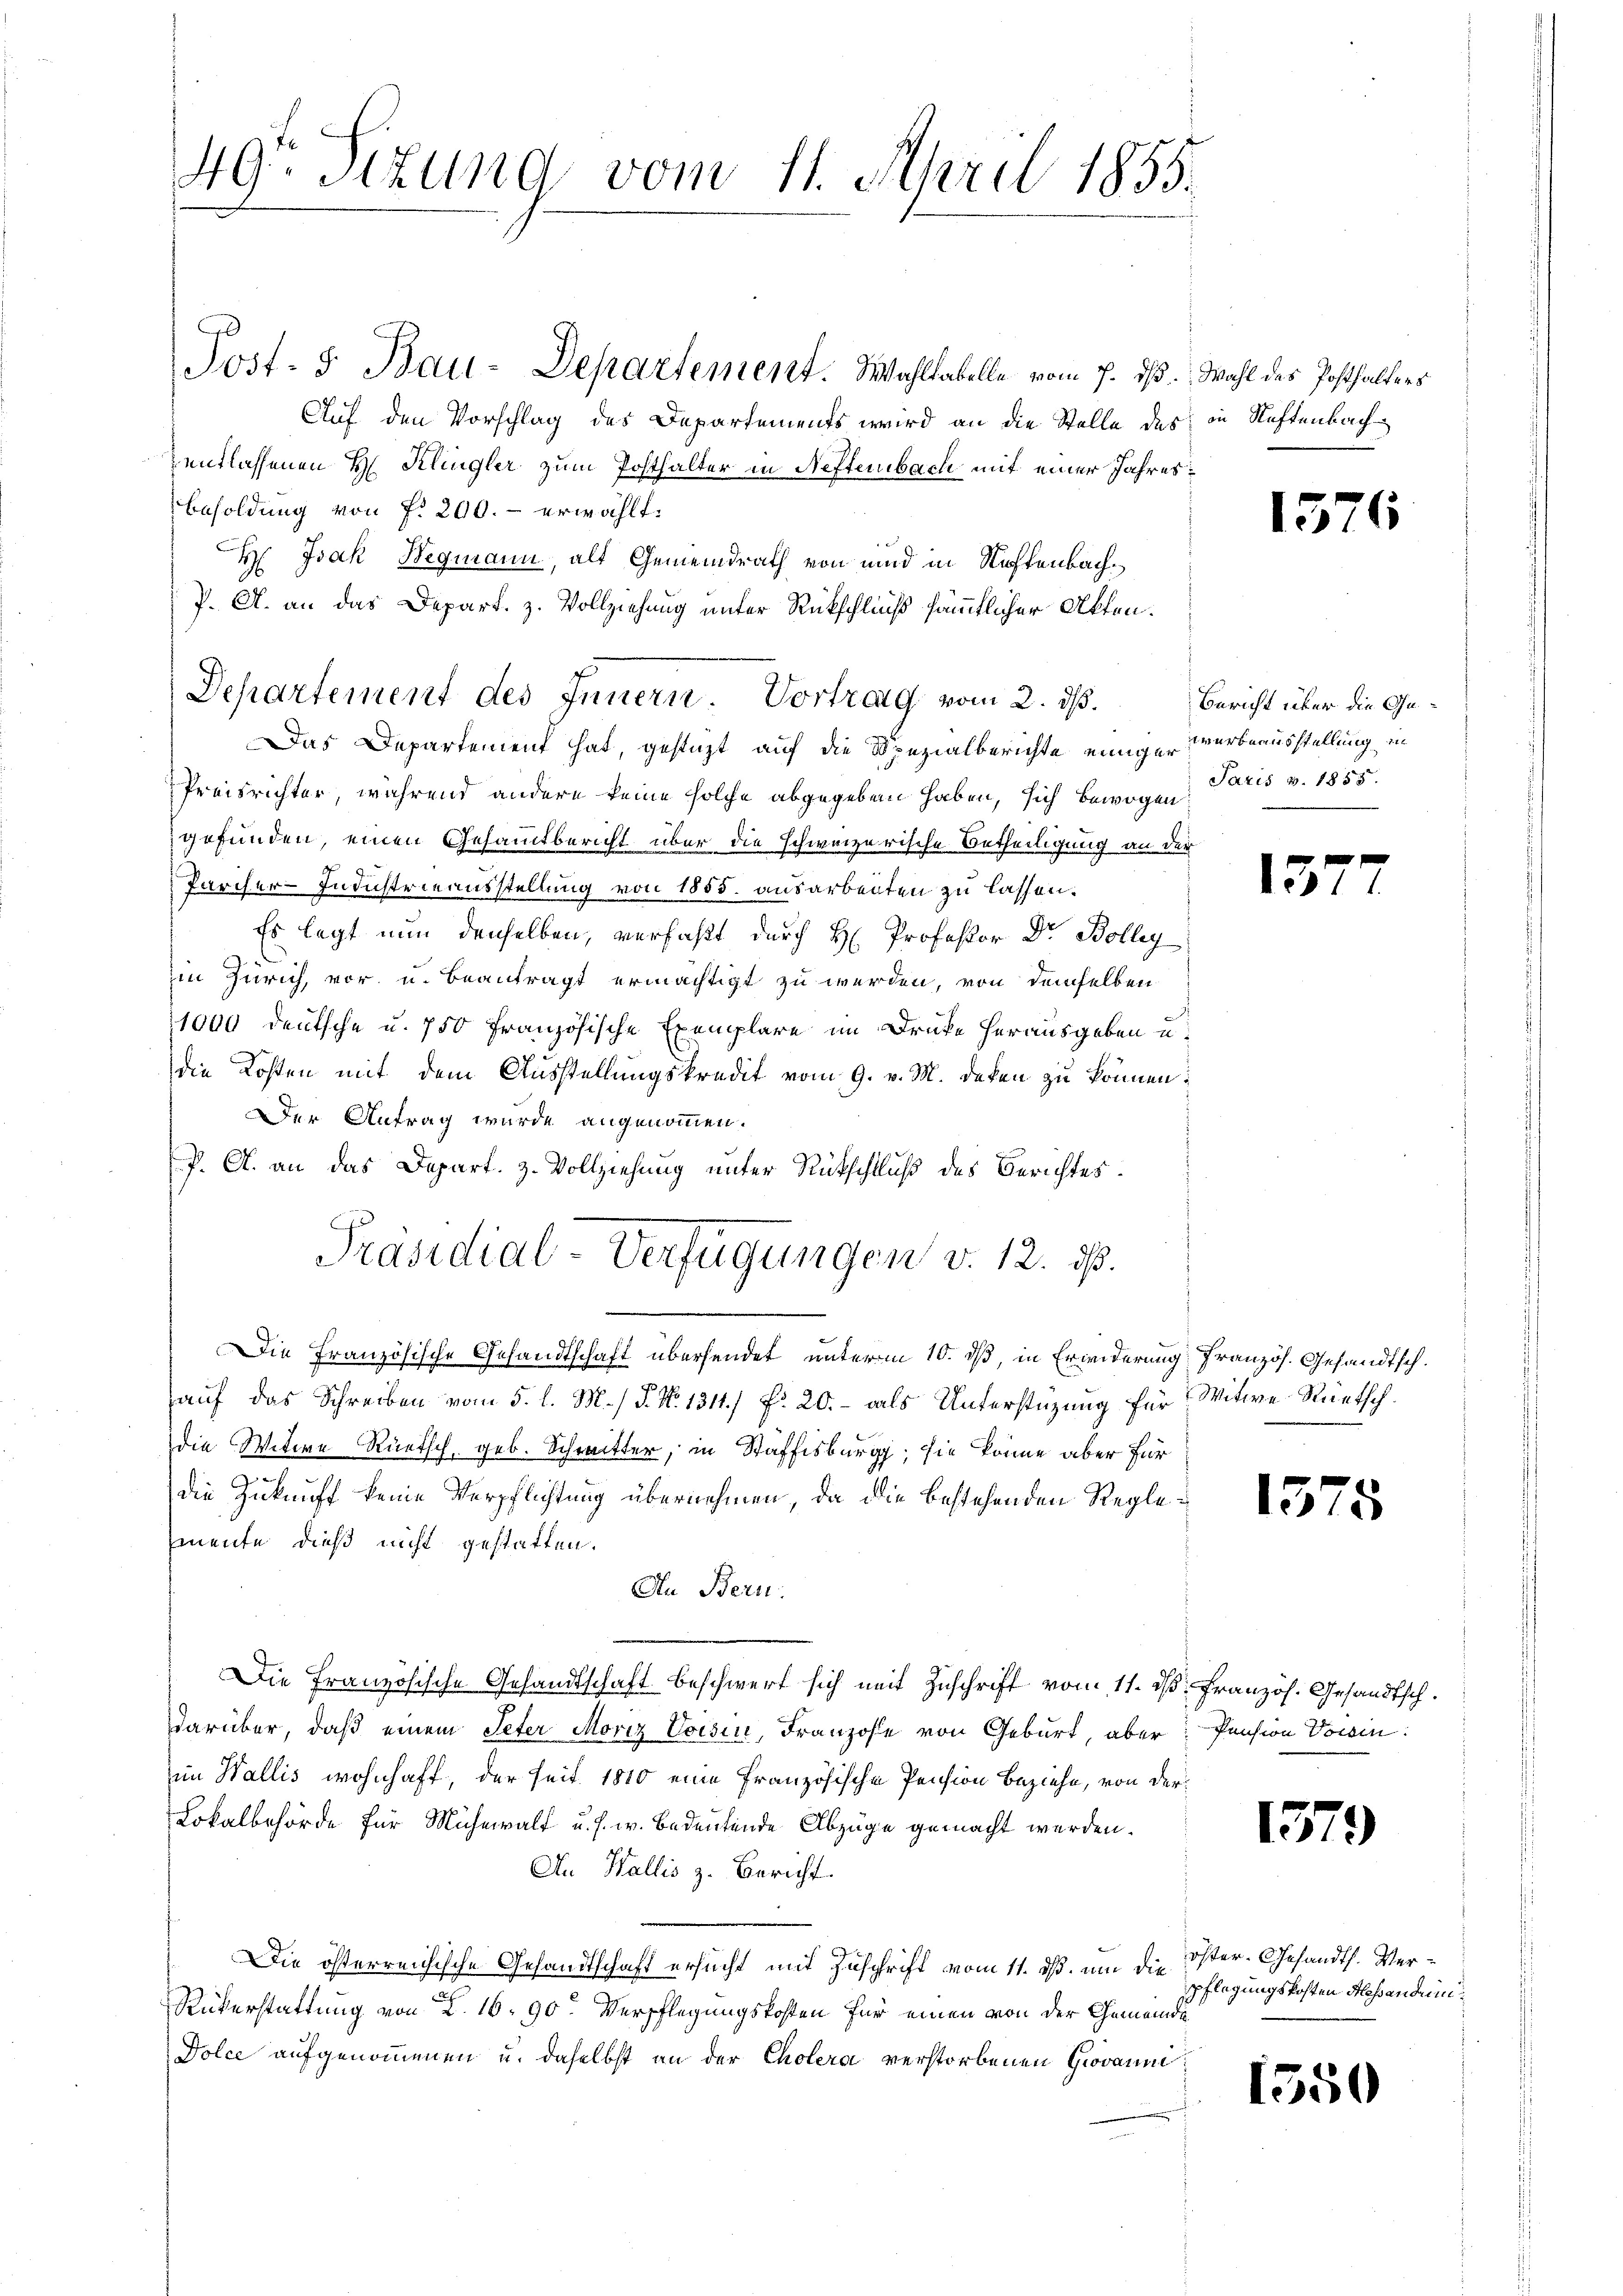
49r Situng vom 11. April 1855.

Post- 5. Bau-Departement. Wahltabelle vom 7. ds. Wahl des Posthalters
Auf den Vorschlag des Departements wird an die Stelle des in Neftenbach
entlassenen H. Klingler zum Posthalter in Neftenbach mit einer Jahres¬
Besoldung von f. 200.- erwählt.
H Isak Wegmann, als Gemeindrath von und in Stoffenbach¬
P. A. an das Depart. z. Vollziehung unter Rückschließ sämmtlicher Akten.
Das Departement hat, gestüzt auf die Spezialberichte einiger Werbeausstellung in
Preisrichter, während andere keine solche abgegeben haben, sich bewogen:
gefunden, einen Gesammtbericht über die schweizerische Betheiligung an der
Pärcher-Industrieausstellung von 1855. ausarbeiten zu lassen.
Es legt nun denselben, verfaßt durch H. Professor Dr. Bolleg
in Zürich, vor u. beantragt ermächtigt zu werden, von demselben
11000 deutsche u. 750 Französische Exemplare im Drucke herausgeben u.
die Kosten mit dem Ausstellungskredit vom 9. v. M. daten zu können:
Der Antrag wurde angenommen.
P. A. an das Depart. H. Vollziehung unter Rückschluß des Berichtes.
Präsidial-Verfügungen v. 12. ds.
Die Französische Gesandtschaft übersendet unterm 10. dß, in Erwiderung französ. Gesandtsch.
auf das Schreiben vom 5. l. M.) P. Nr. 1311 f. 20.- als Unterstüzung für Witwe Rüetsch.
die Witwe Rüetsch, geb. Schmitter, in Staffisburg, sie könne aber für
die Zukunft keine Verpflichtung übernehmen, da die bestehenden Regle¬
Emente dieß nicht gestatten.
An Bern.
Die Französische Gesandtschaft beschwert sich mit Zuschrift vom 11. d. Französ. Gesandtsch.
darüber, daß einem Peter Moriz Voisin, Franzose von Geburt, aber: Pension Vorin
im Wallis wohnhaft, der seit 1810 eine französischen Pension Beziehe, von der
Lokalbehörde für Mühewalt u. s. w. Bedeutende Abzüge gemacht werden.
An Wallis z. Bericht
Die österreichische Gesandtschaft ersucht mit Zuschrift vom 11. ds. um die öster-Gesandts. Ver¬
Rükerstattung von 1690. Verpflegungskosten für einen von der Gemeinde
Dolce aufgenommenen u. daselbst an der Cholera verstorbenen Giovaum:

Departement des Innern. Vortrag vom 2. ds.

13

Bericht über die Ge¬
Jaris v. 1855.

15.

15

1379

pflegungskosten Alessanden

1350

s